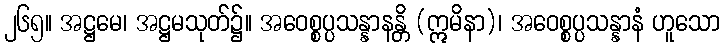
၂၆၅။ အဋ္ဌမေ၊ အဋ္ဌမသုတ်၌။ အဝေစ္စပ္ပသန္နာနန္တိ (ဣမိနာ)၊ အဝေစ္စပ္ပသန္နာနံ ဟူသော